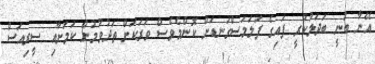
އޭނާ ބުނީ ބަދަލުކުރީ ފައިގެ ފަލަމަސްގަނޑަށް ކޮންމެވެސް ވަރަކަށް ތަދުވުމުން ކަމަށާއި ސީރިއަސް